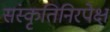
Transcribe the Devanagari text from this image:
संस्कृतिनिरपेक्ष